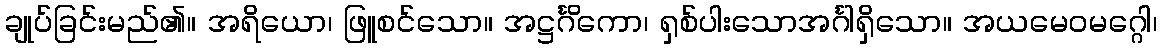
ချုပ်ခြင်းမည်၏။ အရိယော၊ ဖြူစင်သော။ အဋ္ဌင်္ဂိကော၊ ရှစ်ပါးသောအင်္ဂါရှိသော။ အယမေဝမဂ္ဂေါ၊